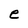
Character: e